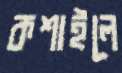
কশাইলে